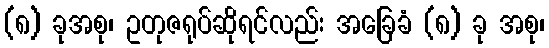
(၈) ခုအစု၊ ဥတုဇရုပ်ဆိုရင်လည်း အခြေခံ (၈) ခု အစု၊